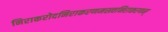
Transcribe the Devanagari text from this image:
निराकरोदनिराकरणमस्त्वनिराकरणम्